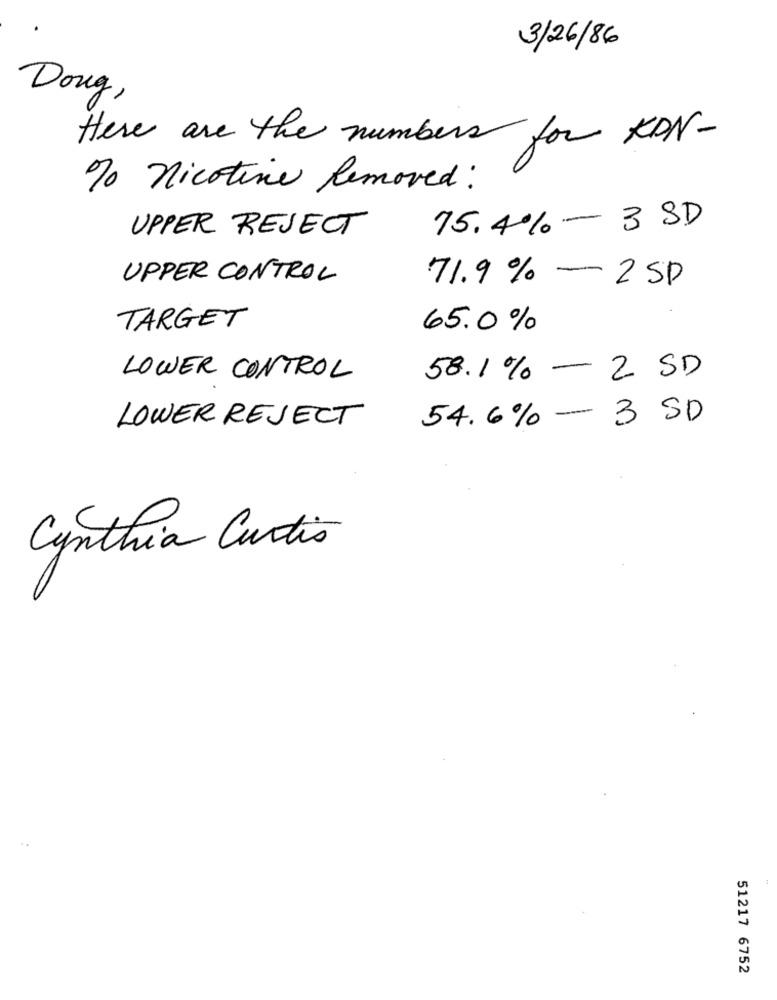
3/26/86
Doug,
Here are the numbers for KDN-
% nicotine Removed :
75.4% - 3 SD
UPPER REJECT
UPPER CONTROL
71.9% - 2 SP
TARGET
65.0%
LOWER CONTROL
58.1% - 2 SD
54.6%- 3 SD
LOWER REJECT
Cynthia Curtis
51217 6752